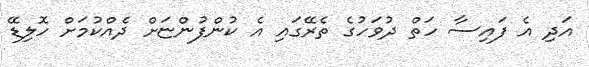
އަދި އެ ފައިސާ ހަތް ދުވަހުގެ ތެރޭގައި އެ ކުންފުންޏަށް ދެއްކުމަށް ހޮލިޑޭ